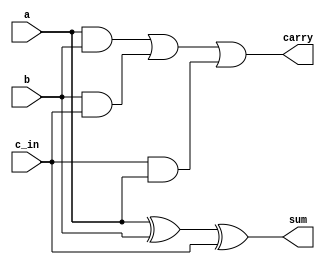
module fulladder_df(sum,carry,a,b,c_in);
    output sum,carry;
    input a,b,c_in;
    assign sum=a^b^c_in;
    assign carry=(a&b)|(b&c_in)|(c_in&a);

endmodule